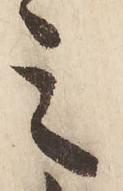
之